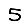
Digit: 5